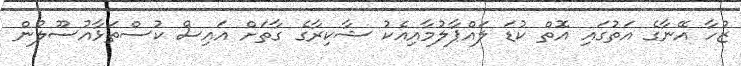
ޒުހާ އޭނާގެ އަތުގައި އޮތް ކުޑަ ލައްޕާލުމާއިއެކު ޝާކިރާގެ ގާތަށް އައިސް ކުސްތަޅާއުސޫލުން